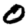
Digit: 0